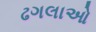
ઢગલાઓ